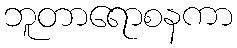
ဘူတာရောစနကာ